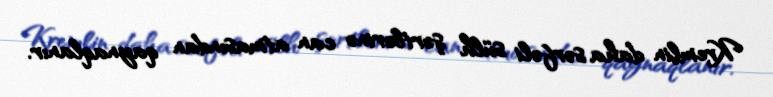
Kremlin daha sərfəli sülh şərtlərinə can atmasından qaynaqlanır.